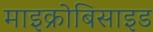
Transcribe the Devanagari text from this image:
माइक्रोबिसाइड